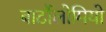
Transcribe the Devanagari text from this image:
बार्टोलोमियो